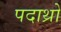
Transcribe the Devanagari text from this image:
पदाथ्रो